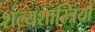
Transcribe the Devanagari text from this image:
शल्यशास्त्रियों